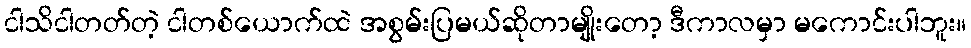
ငါသိငါတတ်တဲ့ ငါတစ်ယောက်ထဲ အစွမ်းပြမယ်ဆိုတာမျိုးတော့ ဒီကာလမှာ မကောင်းပါဘူး။